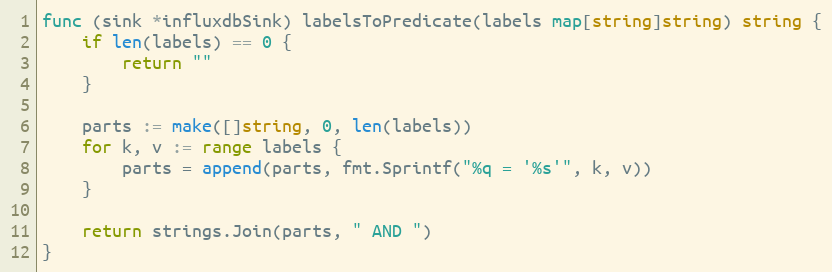
Language: Go
func (sink *influxdbSink) labelsToPredicate(labels map[string]string) string {
	if len(labels) == 0 {
		return ""
	}

	parts := make([]string, 0, len(labels))
	for k, v := range labels {
		parts = append(parts, fmt.Sprintf("%q = '%s'", k, v))
	}

	return strings.Join(parts, " AND ")
}